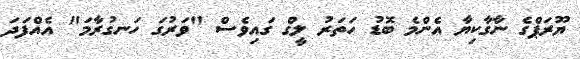
ޔޫރަޕްގެ ނާގާކިޔާ އެންމެ ބޮޑު ހަތަރު ލީގް ގައިވެސް "ވަރުގަ ހަނގުރާމަ" އެއްފަދަ